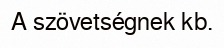
A szövetségnek kb.